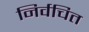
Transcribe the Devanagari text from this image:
निर्वचित